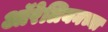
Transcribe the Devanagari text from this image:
ऑरेलियनच्या